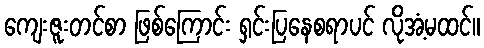
ကျေးဇူးတင်စာ ဖြစ်ကြောင်း ရှင်းပြနေစရာပင် လိုအံ့မထင်။